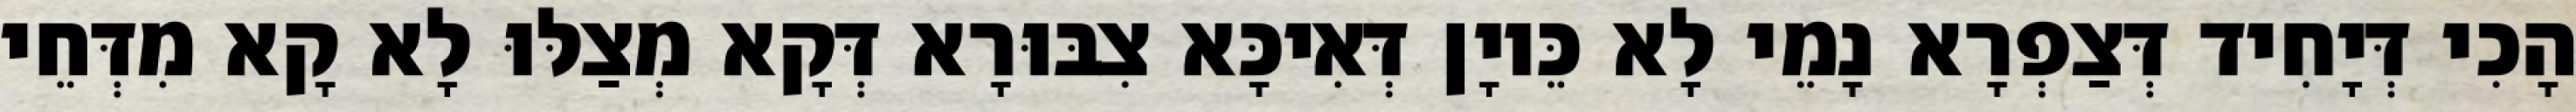
הָכִי דְּיָחִיד דְּצַפְרָא נָמֵי לָא כֵּיוָן דְּאִיכָּא צִבּוּרָא דְּקָא מְצַלּוּ לָא קָא מִדְּחֵי